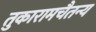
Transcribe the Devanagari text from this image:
तुकारामचैतन्य